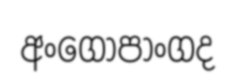
අංගෝපාංගද